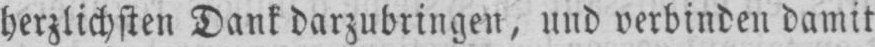
herzlichsten Dank darzubringen, und verbinden damit